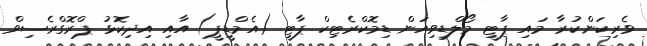
ވެރިކަންކުރާ މައި ޕާޓީ މޯލްޑިވިއަން ޑިމޮކްރެޓިކް ޕާޓީ (އެމްޑީޕީ) އާއި އިދިކޮޅު ޕްރޮގްރެސިވް